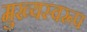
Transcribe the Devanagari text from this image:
मुख्यस्वरूप